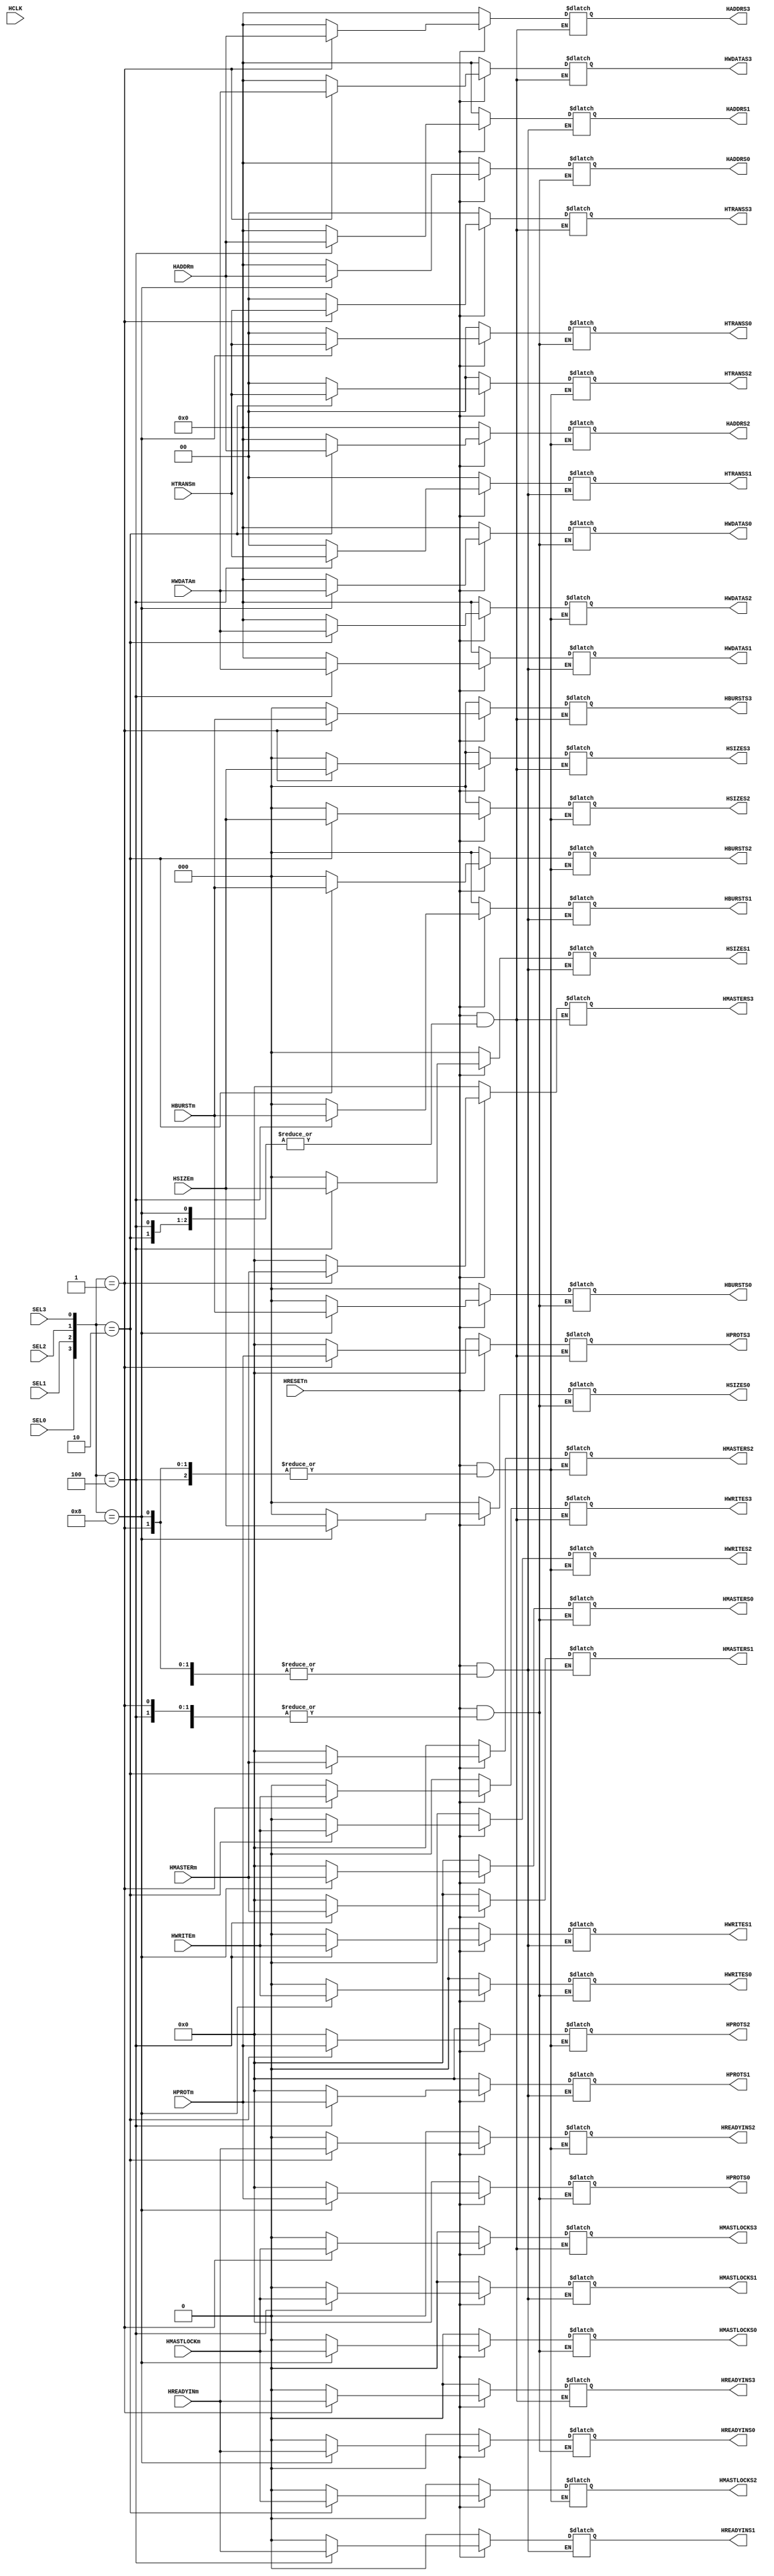
module AHB_mdMUX_dataS4(
	HCLK,
	HRESETn,
	
	SEL0,
	SEL1,
	SEL2,
	SEL3,
	
	HADDRm,
	HTRANSm,
	HWRITEm,
	HSIZEm,
	HBURSTm,
	HPROTm,
	HMASTERm,
	HWDATAm,
	HMASTLOCKm,
	HREADYINm,
	
	HADDRS0,
	HTRANSS0,
	HWRITES0,
	HSIZES0,
	HBURSTS0,
	HPROTS0,
	HMASTERS0,
	HWDATAS0,
	HMASTLOCKS0,
	HREADYINS0,
	
	HADDRS1,
	HTRANSS1,
	HWRITES1,
	HSIZES1,
	HBURSTS1,
	HPROTS1,
	HMASTERS1,
	HWDATAS1,
	HMASTLOCKS1,
	HREADYINS1,
	
	HADDRS2,
	HTRANSS2,
	HWRITES2,
	HSIZES2,
	HBURSTS2,
	HPROTS2,
	HMASTERS2,
	HWDATAS2,
	HMASTLOCKS2,
	HREADYINS2,
	
	HADDRS3,
	HTRANSS3,
	HWRITES3,
	HSIZES3,
	HBURSTS3,
	HPROTS3,
	HMASTERS3,
	HWDATAS3,
	HMASTLOCKS3,
	HREADYINS3);

	input         HCLK;           
    input         HRESETn;  
	
	input  SEL0;
	input  SEL1;
	input  SEL2;
	input  SEL3;
	
	//input          HSELm,
	input  [31:0]  HADDRm;
	input   [1:0]  HTRANSm;
	input          HWRITEm;
	input   [2:0]  HSIZEm;
	input   [2:0]  HBURSTm;
	input   [3:0]  HPROTm;
	input   [3:0]  HMASTERm;
	input  [31:0]  HWDATAm;
	input          HMASTLOCKm;
	input          HREADYINm;
	
	//output reg         HSELS0,
	output reg [31:0]  HADDRS0;
	output reg  [1:0]  HTRANSS0;
	output reg         HWRITES0;
	output reg  [2:0]  HSIZES0;
	output reg  [2:0]  HBURSTS0;
	output reg  [3:0]  HPROTS0;
	output reg  [3:0]  HMASTERS0;
	output reg [31:0]  HWDATAS0;
	output reg         HMASTLOCKS0;
	output reg         HREADYINS0;
	       
	//output reg         HSELS1,
	output reg [31:0]  HADDRS1;
	output reg  [1:0]  HTRANSS1;
	output reg         HWRITES1;
	output reg  [2:0]  HSIZES1;
	output reg  [2:0]  HBURSTS1;
	output reg  [3:0]  HPROTS1;
	output reg  [3:0]  HMASTERS1;
	output reg [31:0]  HWDATAS1;
	output reg         HMASTLOCKS1;
	output reg         HREADYINS1;
	       
	//output reg         HSELS2,
	output reg [31:0]  HADDRS2;
	output reg  [1:0]  HTRANSS2;
	output reg         HWRITES2;
	output reg  [2:0]  HSIZES2;
	output reg  [2:0]  HBURSTS2;
	output reg  [3:0]  HPROTS2;
	output reg  [3:0]  HMASTERS2;
	output reg [31:0]  HWDATAS2;
	output reg         HMASTLOCKS2;
	output reg         HREADYINS2;
	       
	//output reg         HSELS3,
	output reg [31:0]  HADDRS3;
	output reg  [1:0]  HTRANSS3;
	output reg         HWRITES3;
	output reg  [2:0]  HSIZES3;
	output reg  [2:0]  HBURSTS3;
	output reg  [3:0]  HPROTS3;
	output reg  [3:0]  HMASTERS3;
	output reg [31:0]  HWDATAS3;
	output reg         HMASTLOCKS3;
	output reg         HREADYINS3;
	
	wire [3:0]sel={SEL0,SEL1,SEL2,SEL3};
	always@(*)
	begin
		if(!HRESETn)
		begin
		//HSELS0<=0      ,HSELS1<=0      ,HSELS2<=0      ,HSELS3<=0;
		HADDRS0<=0     ;HADDRS1<=0     ;HADDRS2<=0     ;HADDRS3<=0;
		HTRANSS0<=0    ;HTRANSS1<=0    ;HTRANSS2<=0    ;HTRANSS3<=0;
		HWRITES0<=0    ;HWRITES1<=0    ;HWRITES2<=0    ;HWRITES3<=0;
		HSIZES0<=0     ;HSIZES1<=0     ;HSIZES2<=0     ;HSIZES3<=0;
		HBURSTS0<=0    ;HBURSTS1<=0    ;HBURSTS2<=0    ;HBURSTS3<=0;
		HPROTS0<=0     ;HPROTS1<=0     ;HPROTS2<=0     ;HPROTS3<=0;
		HMASTERS0<=0   ;HMASTERS1<=0   ;HMASTERS2<=0   ;HMASTERS3<=0;
		HWDATAS0<=0    ;HWDATAS1<=0    ;HWDATAS2<=0    ;HWDATAS3<=0;
		HMASTLOCKS0<=0 ;HMASTLOCKS1<=0 ;HMASTLOCKS2<=0 ;HMASTLOCKS3<=0;
		HREADYINS0<=0  ;HREADYINS1<=0  ;HREADYINS2<=0  ;HREADYINS3<=0;
		end
		else
		case(sel)
		4'b1000:begin
		//HSELS0<=           SEL0;
		HADDRS0<=        HADDRm;
		HTRANSS0<=      HTRANSm;
		HWRITES0<=      HWRITEm;
		HSIZES0<=        HSIZEm;
		HBURSTS0<=      HBURSTm;
		HPROTS0<=        HPROTm;
		HMASTERS0<=    HMASTERm;
		HWDATAS0<=      HWDATAm;
		HMASTLOCKS0<=HMASTLOCKm;
		HREADYINS0<=  HREADYINm;
		end
		4'b0100:begin
		//HSELS1<=           SEL1; 
		HADDRS1<=        HADDRm; 
		HTRANSS1<=      HTRANSm; 
		HWRITES1<=      HWRITEm; 
		HSIZES1<=        HSIZEm; 
		HBURSTS1<=      HBURSTm; 
		HPROTS1<=        HPROTm; 
		HMASTERS1<=    HMASTERm; 
		HWDATAS1<=      HWDATAm; 
		HMASTLOCKS1<=HMASTLOCKm;
		HREADYINS1<=  HREADYINm; 
		end
		4'b0010:begin
		//HSELS2<=           SEL2; 
		HADDRS2<=        HADDRm; 
		HTRANSS2<=      HTRANSm; 
		HWRITES2<=      HWRITEm; 
		HSIZES2<=        HSIZEm; 
		HBURSTS2<=      HBURSTm; 
		HPROTS2<=        HPROTm; 
		HMASTERS2<=    HMASTERm; 
		HWDATAS2<=      HWDATAm; 
		HMASTLOCKS2<=HMASTLOCKm;
		HREADYINS2<=  HREADYINm; 
		end
		4'b0001:begin
		//HSELS3<=           SEL3;
		HADDRS3<=        HADDRm;
		HTRANSS3<=      HTRANSm;
		HWRITES3<=      HWRITEm;
		HSIZES3<=        HSIZEm;
		HBURSTS3<=      HBURSTm;
		HPROTS3<=        HPROTm;
		HMASTERS3<=    HMASTERm;
		HWDATAS3<=      HWDATAm;
		HMASTLOCKS3<=HMASTLOCKm;
		HREADYINS3<=  HREADYINm;
		end
		default:begin
		//HSELS0<=0      ,HSELS1<=0      ,HSELS2<=0      ,HSELS3<=0;
		HADDRS0<=0     ;HADDRS1<=0     ;HADDRS2<=0     ;HADDRS3<=0;
		HTRANSS0<=0    ;HTRANSS1<=0    ;HTRANSS2<=0    ;HTRANSS3<=0;
		HWRITES0<=0    ;HWRITES1<=0    ;HWRITES2<=0    ;HWRITES3<=0;
		HSIZES0<=0     ;HSIZES1<=0     ;HSIZES2<=0     ;HSIZES3<=0;
		HBURSTS0<=0    ;HBURSTS1<=0    ;HBURSTS2<=0    ;HBURSTS3<=0;
		HPROTS0<=0     ;HPROTS1<=0     ;HPROTS2<=0     ;HPROTS3<=0;
		HMASTERS0<=0   ;HMASTERS1<=0   ;HMASTERS2<=0   ;HMASTERS3<=0;
		HWDATAS0<=0    ;HWDATAS1<=0    ;HWDATAS2<=0    ;HWDATAS3<=0;
		HMASTLOCKS0<=0 ;HMASTLOCKS1<=0 ;HMASTLOCKS2<=0 ;HMASTLOCKS3<=0;
		HREADYINS0<=0  ;HREADYINS1<=0  ;HREADYINS2<=0  ;HREADYINS3<=0;
		end
		endcase
	end
	
endmodule